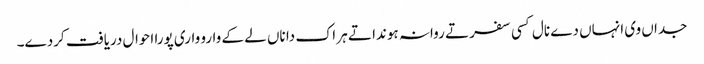
جداں وی انہاں دے نال کسی سفر تے روانہ ہوندا تے ہر اک دا ناں لے کے وارو واری پورا احوال دریافت کردے۔